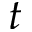
t